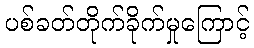
ပစ်ခတ်တိုက်ခိုက်မှုကြောင့်